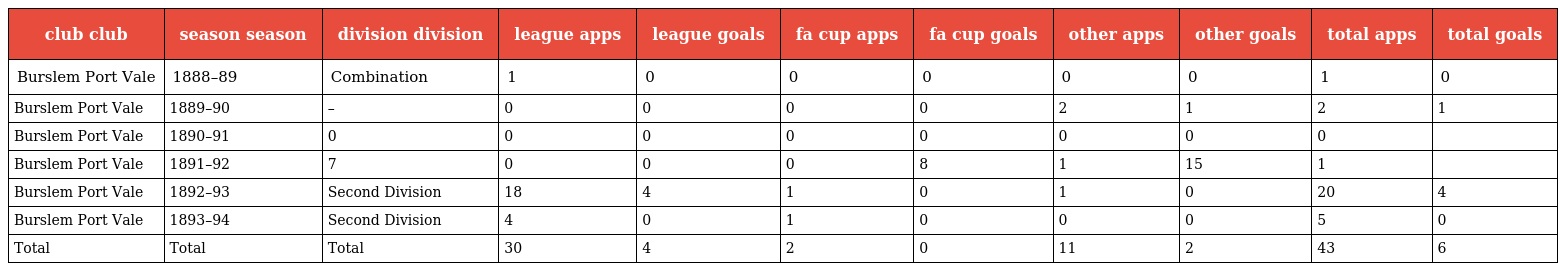
| club club | season season | division division | league apps | league goals | fa cup apps | fa cup goals | other apps | other goals | total apps | total goals |
 | --- | --- | --- | --- | --- | --- | --- | --- | --- | --- | --- |
 | Burslem Port Vale | 1888–89 | Combination | 1 | 0 | 0 | 0 | 0 | 0 | 1 | 0 |
 | Burslem Port Vale | 1889–90 | – | 0 | 0 | 0 | 0 | 2 | 1 | 2 | 1 |
 | Burslem Port Vale | 1890–91 | 0 | 0 | 0 | 0 | 0 | 0 | 0 | 0 |  |
 | Burslem Port Vale | 1891–92 | 7 | 0 | 0 | 0 | 8 | 1 | 15 | 1 |  |
 | Burslem Port Vale | 1892–93 | Second Division | 18 | 4 | 1 | 0 | 1 | 0 | 20 | 4 |
 | Burslem Port Vale | 1893–94 | Second Division | 4 | 0 | 1 | 0 | 0 | 0 | 5 | 0 |
 | Total | Total | Total | 30 | 4 | 2 | 0 | 11 | 2 | 43 | 6 |